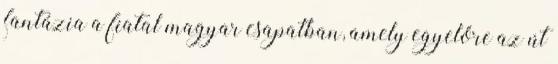
fantázia a fiatal magyar csapatban, amely egyelőre az út